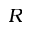
R